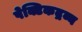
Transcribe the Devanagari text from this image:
पेक्टिकद्रव्य